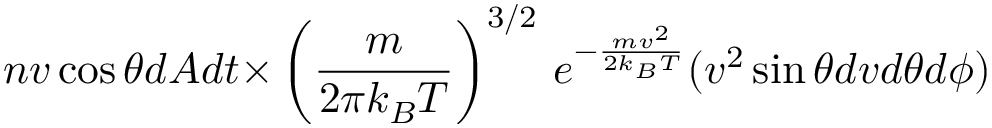
\quad n v \cos { \theta } d A d t { \times } \left( { \frac { m } { 2 \pi k _ { B } T } } \right) ^ { 3 / 2 } \, e ^ { - { \frac { m v ^ { 2 } } { 2 k _ { B } T } } } ( v ^ { 2 } \sin { \theta } d v { d \theta } d \phi )